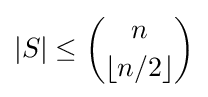
|S|\leq {\binom {n}{\lfloor n/2\rfloor }}